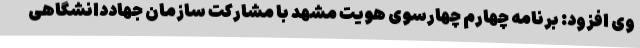
وی افزود: برنامه چهارم چهارسوی هویت مشهد با مشارکت سازمان جهاددانشگاهی